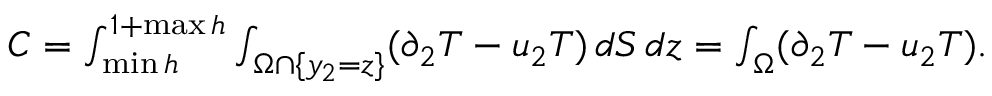
\begin{array} { r } { C = \int _ { \operatorname* { m i n } h } ^ { 1 + \operatorname* { m a x } h } \int _ { \Omega \cap \{ y _ { 2 } = z \} } ( \partial _ { 2 } T - u _ { 2 } T ) \, d S \, d z = \int _ { \Omega } ( \partial _ { 2 } T - u _ { 2 } T ) . } \end{array}